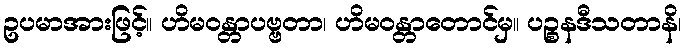
ဥပမာအားဖြင့်။ ဟိမဝန္တာပဗ္ဗတာ၊ ဟိမဝန္တာတောင်မှ။ ပဉ္စနဒီသတာနိ၊